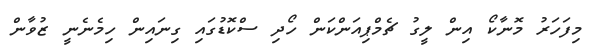
މިފަހަރު މޮނާކޯ އިން ލީގު ޗެމްޕިއަންކަން ހޯދި ސްކޮޑުގައި ގިނައިން ހިމެނެނީ ޒުވާން